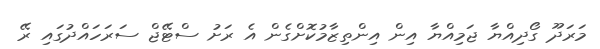
މަރަދޫ ގޯދިއްޔާ ޖަމިއްޔާ އިން އިންތިޒާމުކޮށްގެން އެ ރަށު ސްޓޭޖް ސަރަހައްދުގައި ރޭ